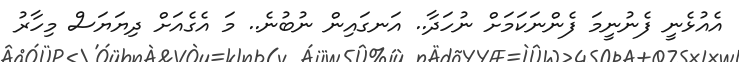
އެއުޅެނީ ފެނުނީމަ ފެންނަކަމަށް ނުހަދާ.. އަނގައިން ނުބުނެ.. މަ އެގެއަށް ދިޔަޔަސް މިހާރު